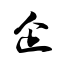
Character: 企